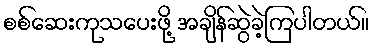
စစ်ဆေးကုသပေးဖို့ အချိန်ဆွဲခဲ့ကြပါတယ်။